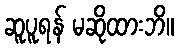
ဆူပူရန် မဆိုထားဘိ။